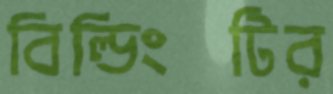
বিল্ডিংটির